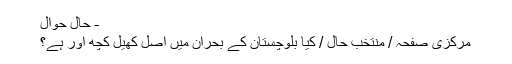
- حال حوال
مرکزی صفحہ / منتخب حال / کیا بلوچستان کے بحران میں اصل کھیل کچھ اور ہے؟